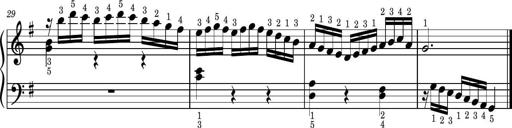
Title: Easy Progressive Lessons and 4 Sonatinas
Composer: Thomas Attwood